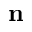
\mathbf { n }